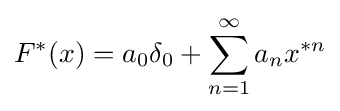
F^{*}(x)=a_{0}\delta _{0}+\sum _{n=1}^{\infty }a_{n}x^{*n}